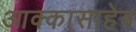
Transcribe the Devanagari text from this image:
आक्कासाहेब